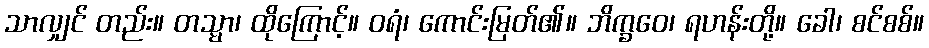
သာလျှင် တည်း။ တသ္မာ၊ ထိုကြောင့်။ ဝရံ၊ ကောင်းမြတ်၏။ ဘိက္ခဝေ၊ ရဟန်းတို့။ ခေါ၊ စင်စစ်။